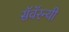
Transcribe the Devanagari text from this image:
सॅवॅरन्यी